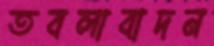
তবলাবাদন